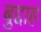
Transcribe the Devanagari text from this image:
बुद्दाह